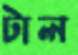
টাল